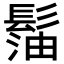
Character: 𩭶